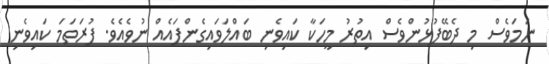
ނަމަވެސް މި ދެބޭފުޅުންވެސް އިތުރު މީހަކާ ކައިވެނި ބައްލަވައިގެންފައެއް ނުވެއެވެ. ފުރަތަމަ ކައިވެނި